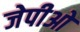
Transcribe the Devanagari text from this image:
जेपीओ